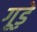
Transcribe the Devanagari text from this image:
गूड़े